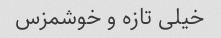
خیلی تازه و خوشمزس